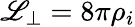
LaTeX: \mathscr{L}_{\perp}=8\pi\rho_{i}